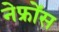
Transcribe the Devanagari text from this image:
नेफ्रोंस